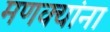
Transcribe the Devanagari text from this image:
मणक्यांना